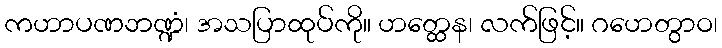
ကဟာပဏဘဏ္ဍံ၊ အသပြာထုပ်ကို။ ဟတ္ထေန၊ လက်ဖြင့်။ ဂဟေတွာဝ၊